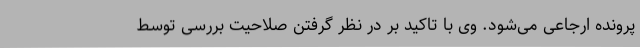
پرونده ارجاعی می‌شود. وی با تاکید بر در نظر گرفتن صلاحیت بررسی توسط